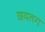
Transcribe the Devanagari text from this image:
छयलग